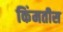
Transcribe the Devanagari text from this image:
किंमतीस